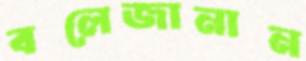
বলেজানান